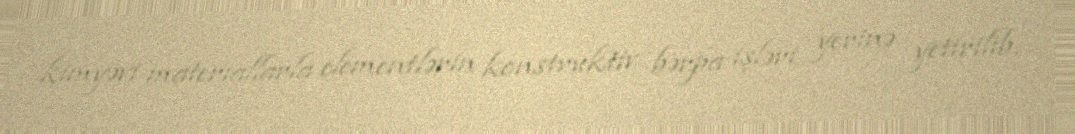
kimyəvi materiallarla elementlərin konstruktiv bərpa işləri yerinə yetirilib,